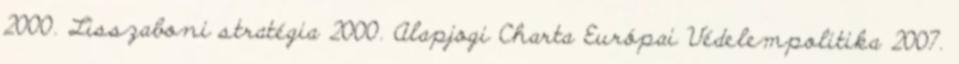
2000. Lisszaboni stratégia 2000. Alapjogi Charta Európai Védelempolitika 2007.